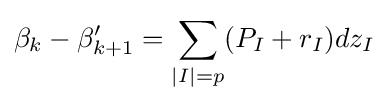
\beta _{k}-\beta '_{k+1}=\sum _{|I|=p}(P_{I}+r_{I})dz_{I}